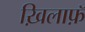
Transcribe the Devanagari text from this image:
ख़िलाफ़ॅ